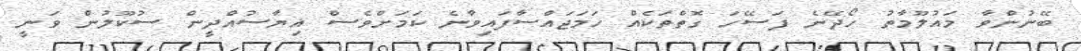
ބޭނުންވާ މައުލޫމާތު ހޯދޭނެ ފަސޭހަ ގޮތްތަކެއް ހަމަޖައްސާފައިވާނެ ކަމަށްވެސް ޣިޔާސުއްދީން ސުކޫލުން ވަނީ